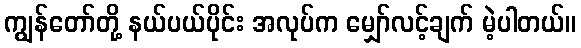
ကျွန်တော်တို့ နယ်ပယ်ပိုင်း အလုပ်က မျှော်လင့်ချက် မဲ့ပါတယ်။